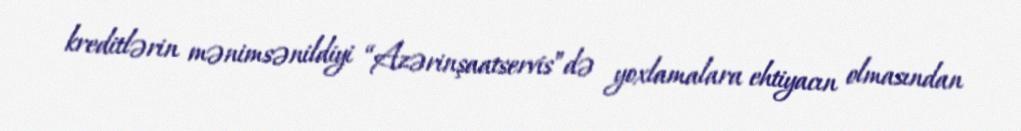
kreditlərin mənimsənildiyi “Azərinşaatservis”də yoxlamalara ehtiyacın olmasından